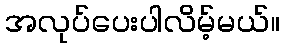
အလုပ်ပေးပါလိမ့်မယ်။